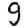
Digit: 9